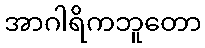
အာဂါရိကဘူတော